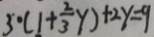
3 0 ( 1 + \frac { 2 } { 3 } y ) + 2 y = 9